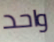
واحد